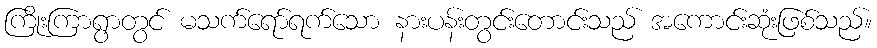
ကြိုးကြာရွာတွင် မသက်ရော်ရက်သော နားပန်းတွင်းတောင်းသည် အကောင်းဆုံးဖြစ်သည်။